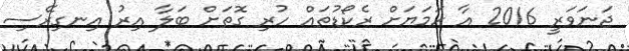
ޖަނަވަރީ 2016 އާ ހަމަޔަށް ރެކޯޑުތައް ހުރި ގޮތަށް ބަލާ އިރު އިނގިރޭސި